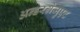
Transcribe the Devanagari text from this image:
अन्डरग्रेजुएट